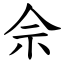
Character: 佘